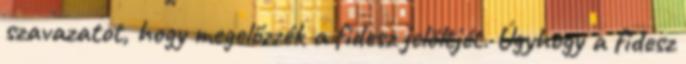
szavazatot, hogy megelőzzék a fidesz jelöltjét. Úgyhogy a fidesz